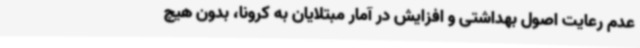
عدم رعایت اصول بهداشتی و افزایش در آمار مبتلایان به کرونا، بدون هیچ